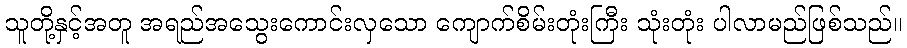
သူတို့နှင့်အတူ အရည်အသွေးကောင်းလှသော ကျောက်စိမ်းတုံးကြီး သုံးတုံး ပါလာမည်ဖြစ်သည်။